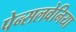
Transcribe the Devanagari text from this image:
पेन्सलवेनिया